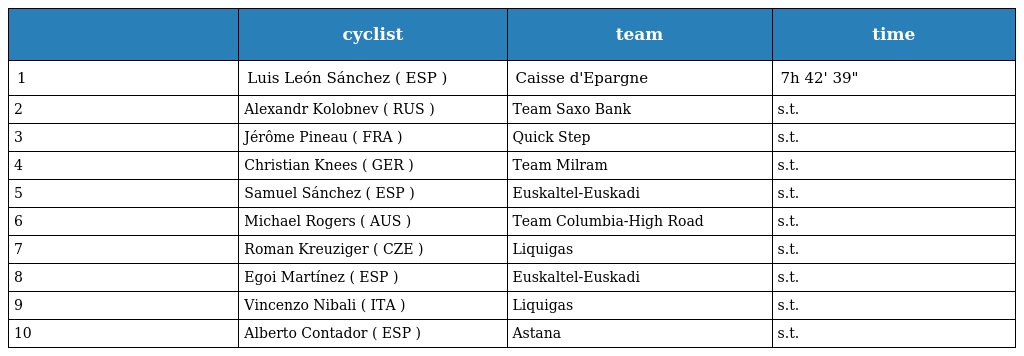
|  | cyclist | team | time |
 | --- | --- | --- | --- |
 | 1 | Luis León Sánchez ( ESP ) | Caisse d'Epargne | 7h 42' 39" |
 | 2 | Alexandr Kolobnev ( RUS ) | Team Saxo Bank | s.t. |
 | 3 | Jérôme Pineau ( FRA ) | Quick Step | s.t. |
 | 4 | Christian Knees ( GER ) | Team Milram | s.t. |
 | 5 | Samuel Sánchez ( ESP ) | Euskaltel-Euskadi | s.t. |
 | 6 | Michael Rogers ( AUS ) | Team Columbia-High Road | s.t. |
 | 7 | Roman Kreuziger ( CZE ) | Liquigas | s.t. |
 | 8 | Egoi Martínez ( ESP ) | Euskaltel-Euskadi | s.t. |
 | 9 | Vincenzo Nibali ( ITA ) | Liquigas | s.t. |
 | 10 | Alberto Contador ( ESP ) | Astana | s.t. |